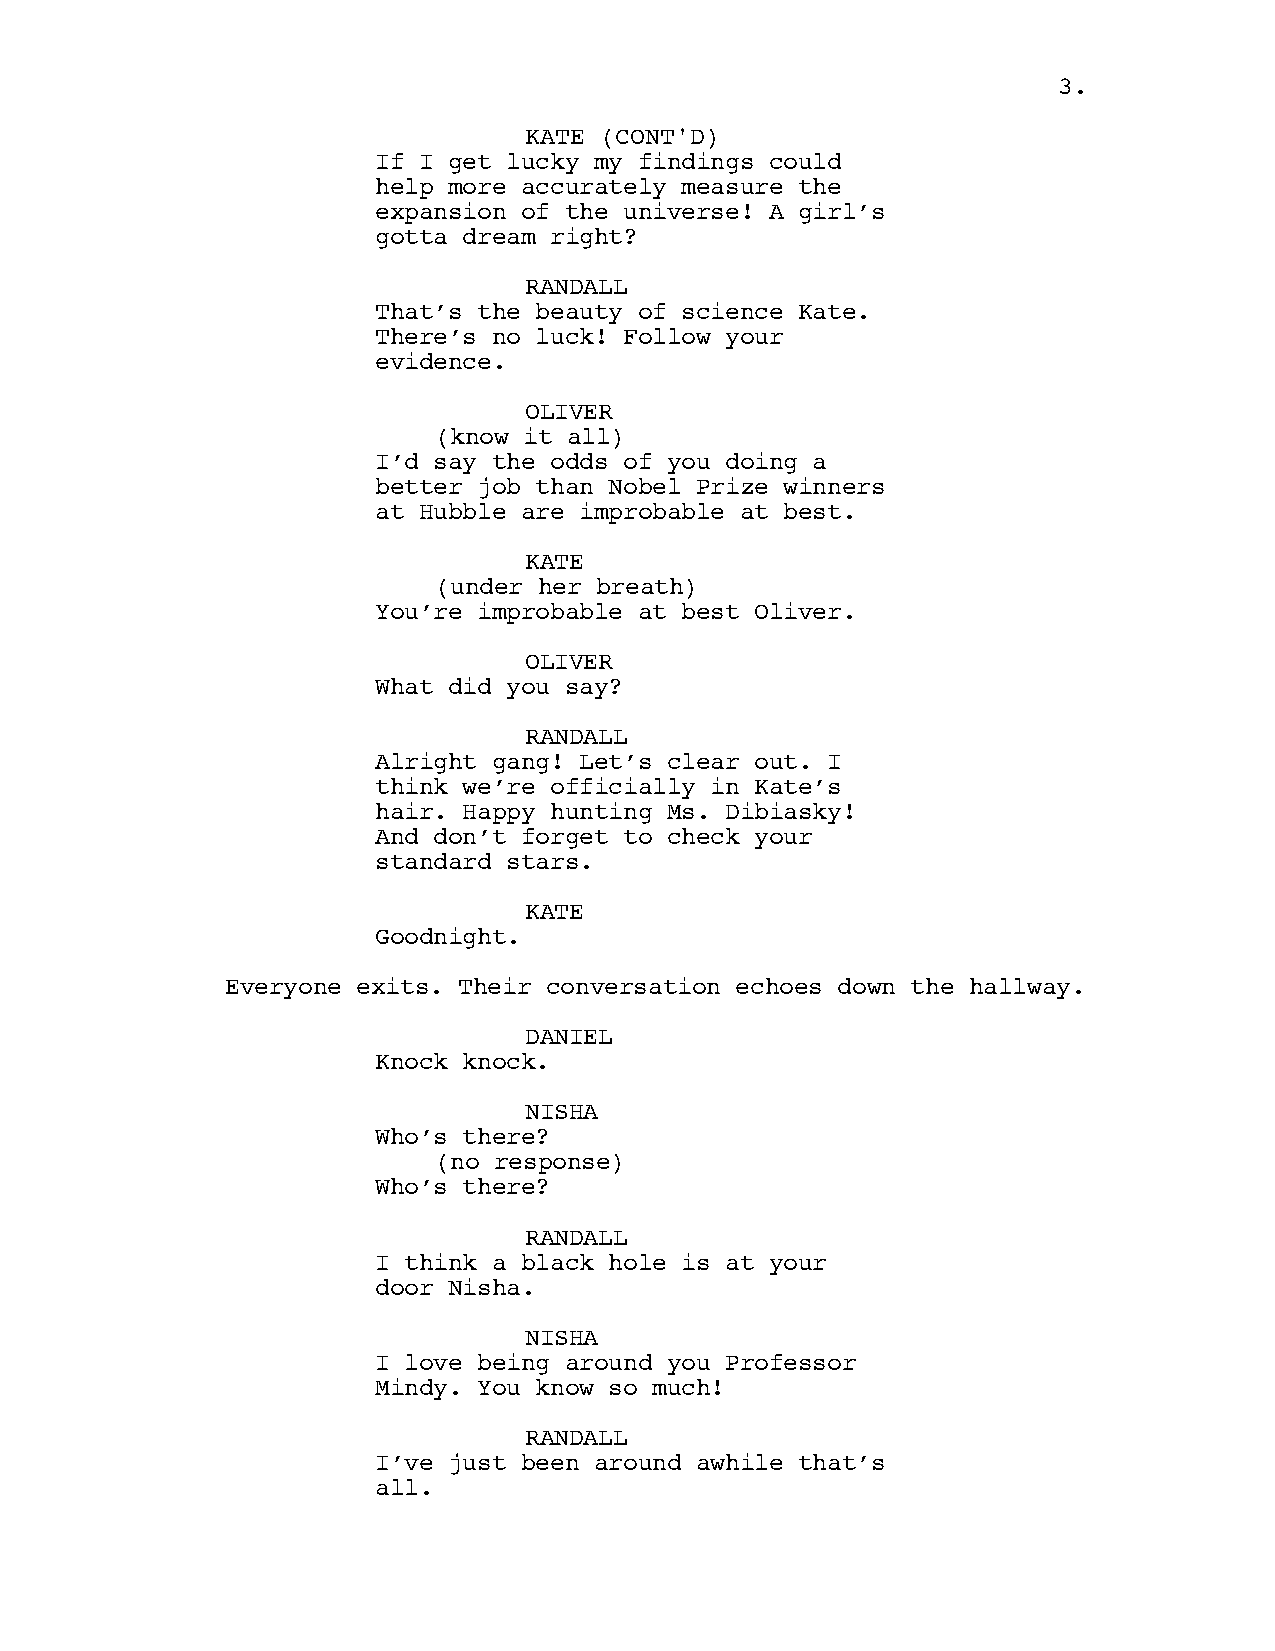
33..
 KKAATTEE ((CCOONNTT''DD))
 If I get lucky my findings could
 help more accurately measure the
 expansion of the universe! A girl’s
 gotta dream right?
 RANDALL
 That’s the beauty of science Kate.
 There’s no luck! Follow your
 evidence.
 OLIVER
 (know it all)
 I’d say the odds of you doing a
 better job than Nobel Prize winners
 at Hubble are improbable at best.
 KATE
 (under her breath)
 You’re improbable at best Oliver.
 OLIVER
 What did you say?
 RANDALL
 Alright gang! Let’s clear out. I
 think we’re officially in Kate’s
 hair. Happy hunting Ms. Dibiasky!
 And don’t forget to check your
 standard stars.
 KATE
 Goodnight.
 Everyone exits. Their conversation echoes down the hallway.
 DANIEL
 Knock knock.
 NISHA
 Who’s there?
 (no response)
 Who’s there?
 RANDALL
 I think a black hole is at your
 door Nisha.
 NISHA
 I love being around you Professor
 Mindy. You know so much!
 RANDALL
 I’ve just been around awhile that’s
 all.